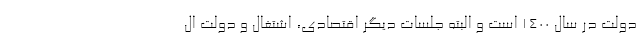
دولت در سال ۱۴۰۰ است و البته جلسات دیگر اقتصادی، اشتغال و دولت ال